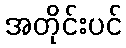
အတိုင်းပင်